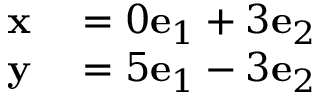
\begin{array} { r l } { \mathbf { x } } & { { } = 0 \mathbf { e } _ { 1 } + 3 \mathbf { e } _ { 2 } } \\ { \mathbf { y } } & { { } = 5 \mathbf { e } _ { 1 } - 3 \mathbf { e } _ { 2 } } \end{array}